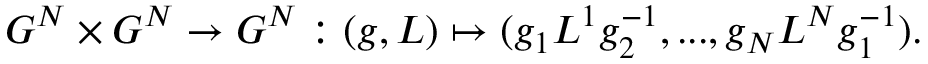
G ^ { N } \times G ^ { N } \rightarrow G ^ { N } : ( g , L ) \mapsto ( g _ { 1 } L ^ { 1 } g _ { 2 } ^ { - 1 } , . . . , g _ { N } L ^ { N } g _ { 1 } ^ { - 1 } ) .